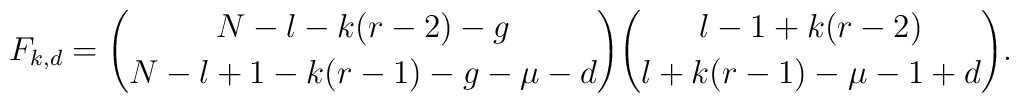
F_{k,d}={N-l-k(r-2)-g\choose N-l+1-k(r-1)-g-\mu-d}    {l-1+k(r-2)\choose l+k(r-1)-\mu-1+d}.